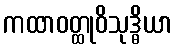
ကထာဝတ္ထုဝိသုဒ္ဓိယာ